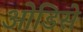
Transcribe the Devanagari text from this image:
ओडिसे